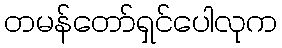
တမန်တော်ရှင်ပေါလုက